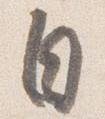
自